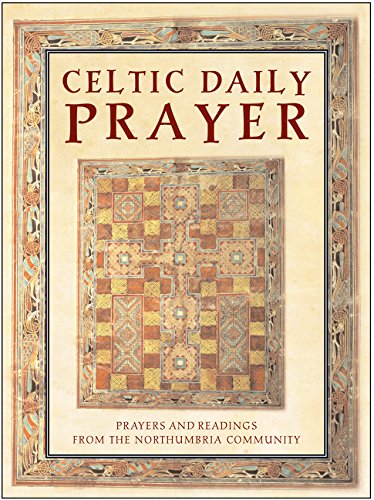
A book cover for Celtic Daily Prayer: Prayers and Readings From the Northumbria Community; The Northumbria Community; Christian Books & Bibles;